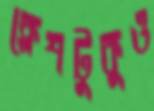
ক্লেশটুকুও